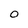
Character: 0